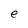
Character: e